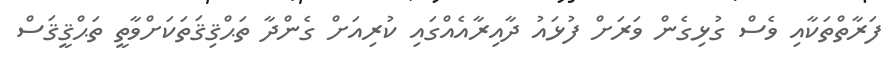
ފަރާތްތަކާއި ވެސް ގުޅިގެން ވަރަށް ފުޅައު ދާއިރާއެއްގައި ކުރިއަށް ގެންދާ ތަޙްޤިޤަތަކަށްވާތީ ތަޙްޤީޤަސް